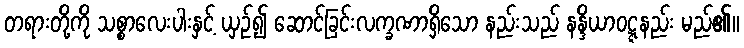
တရားတို့ကို သစ္စာလေးပါးနှင့် ယှဉ်၍ ဆောင်ခြင်းလက္ခဏာရှိသော နည်းသည် နန္ဒိယာဝဋ္ဋနည်း မည်၏။